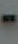
-